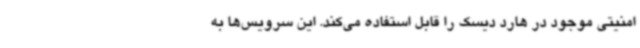
امنیتی موجود در هارد دیسک را قابل استفاده می‌کند. این سرویس‌ها به